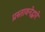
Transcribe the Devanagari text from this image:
प्रस्तावनेद्वारे